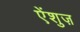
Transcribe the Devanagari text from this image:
ऐंशुज़